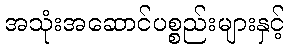
အသုံးအဆောင်ပစ္စည်းများနှင့်